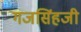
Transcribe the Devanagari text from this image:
गजसिंहजी